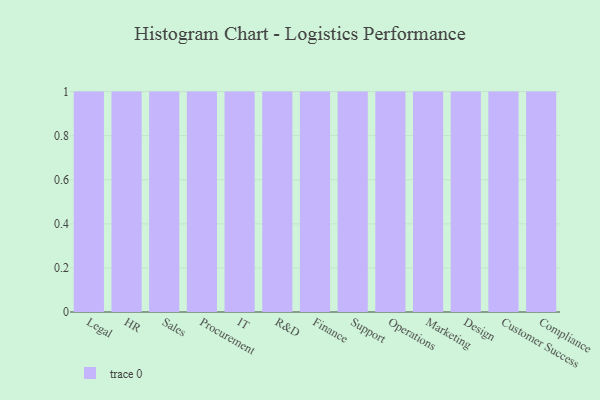
{"axis": {"x": "Department", "y": "LTV (USD)"}, "legend": [""], "data": [{"x": "Legal", "y": 41, "type": ""}, {"x": "HR", "y": 38, "type": ""}, {"x": "Sales", "y": 92, "type": ""}, {"x": "Procurement", "y": 5, "type": ""}, {"x": "IT", "y": 81, "type": ""}, {"x": "R&D", "y": 86, "type": ""}, {"x": "Finance", "y": 94, "type": ""}, {"x": "Support", "y": 43, "type": ""}, {"x": "Operations", "y": 54, "type": ""}, {"x": "Marketing", "y": 99, "type": ""}, {"x": "Design", "y": 54, "type": ""}, {"x": "Customer Success", "y": 87, "type": ""}, {"x": "Compliance", "y": 72, "type": ""}]}